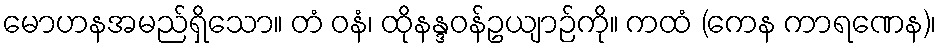
မောဟနအမည်ရှိသော။ တံ ဝနံ၊ ထိုနန္ဒဝန်ဥယျာဉ်ကို။ ကထံ (ကေန ကာရဏေန)၊